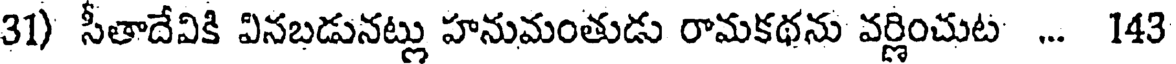
31) సీతాదేవికి వినబడునట్లు హనుమంతుడు రామకథను వర్ణించుట ... 143